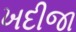
ખદીજા